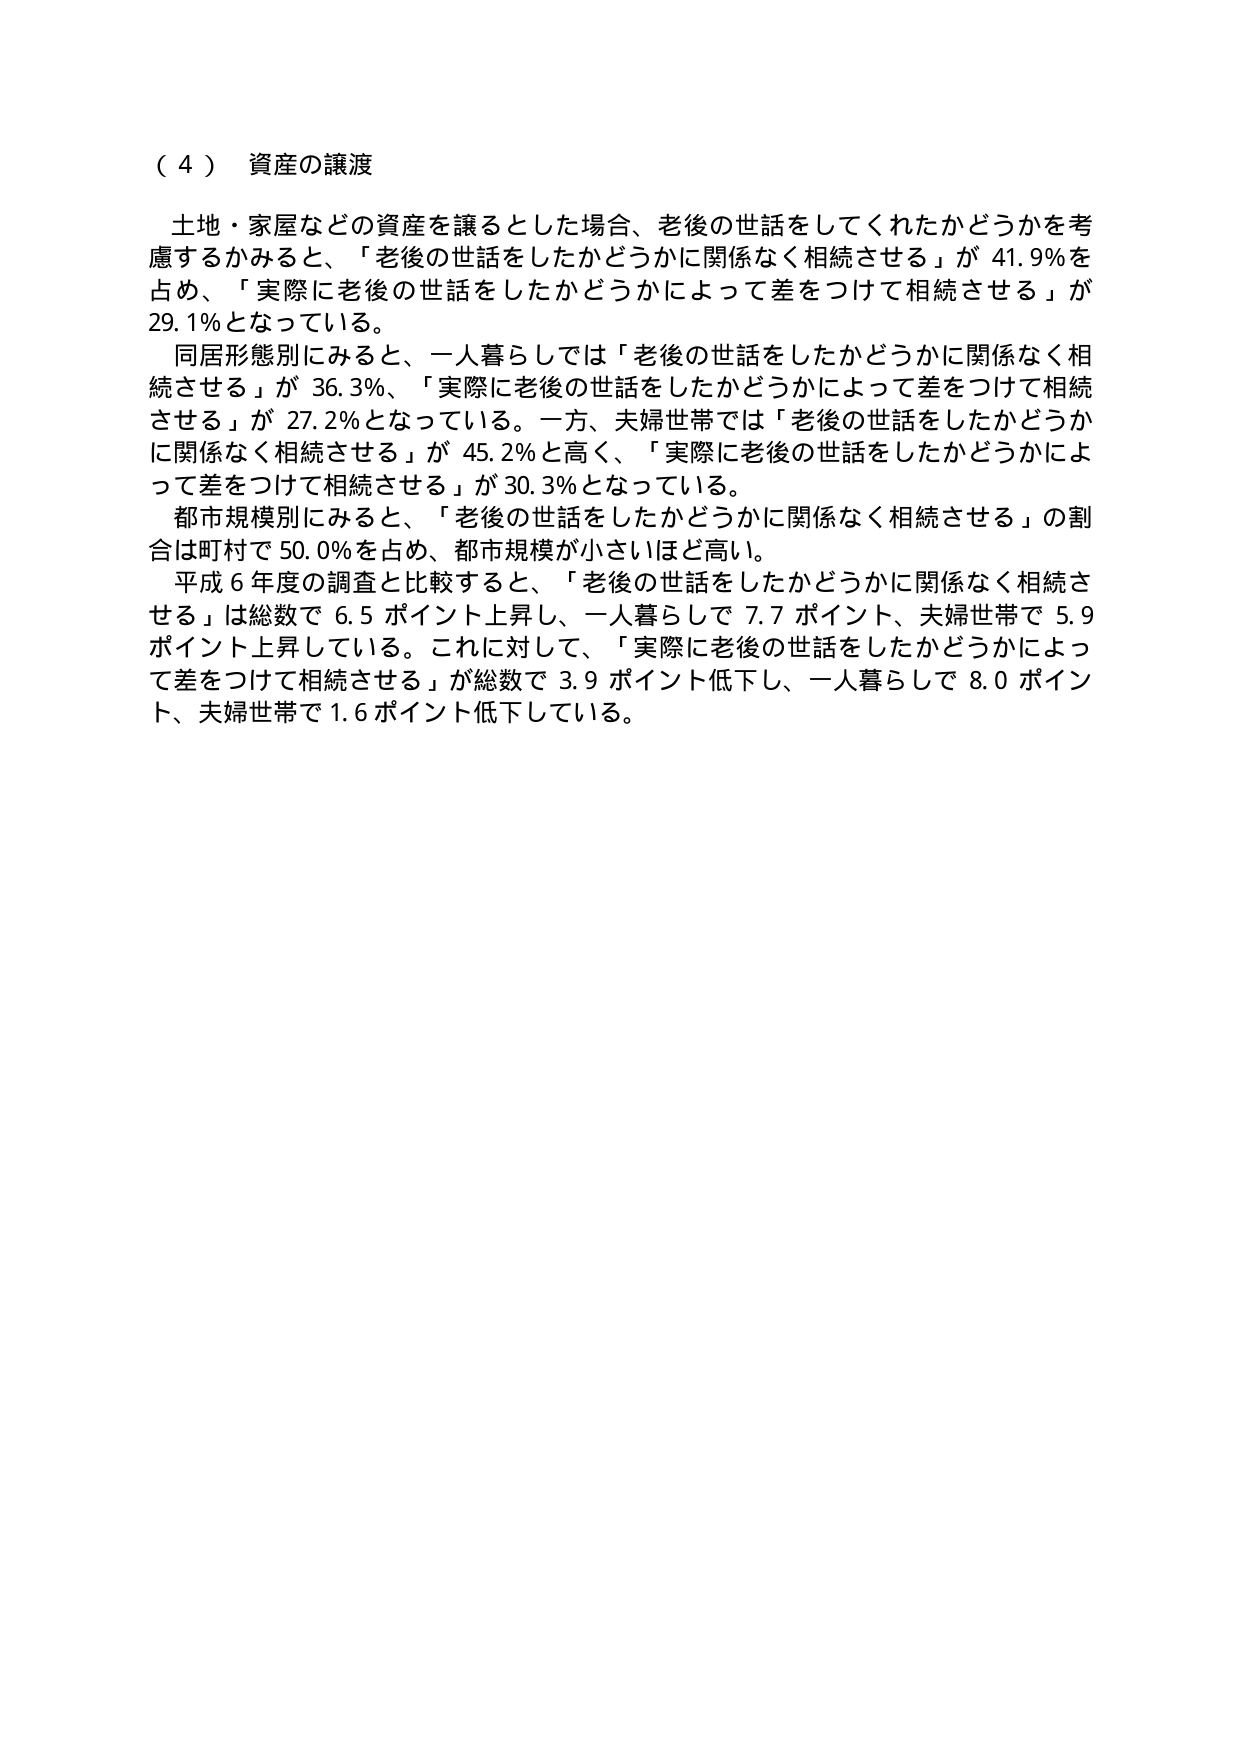
（４） 資産の譲渡

土地・家屋などの資産を譲るとした場合、老後の世話をしてくれたかどうかを考慮するかみると、「老後の世話をしたかどうかに関係なく相続させる」が 41.9％を占め、「実際に老後の世話をしたかどうかによって差をつけて相続させる」が 29.1％となっている。

同居形態別にみると、一人暮らしでは「老後の世話をしたかどうかに関係なく相続させる」が 36.3％、「実際に老後の世話をしたかどうかによって差をつけて相続させる」が 27.2％となっている。一方、夫婦世帯では「老後の世話をしたかどうかに関係なく相続させる」が 45.2％と高く、「実際に老後の世話をしたかどうかによって差をつけて相続させる」が 30.3％となっている。

都市規模別にみると、「老後の世話をしたかどうかに関係なく相続させる」の割合は町村で 50.0％を占め、都市規模が小さいほど高い。

平成６年度の調査と比較すると、「老後の世話をしたかどうかに関係なく相続させる」は総数で 6.5 ポイント上昇し、一人暮らしで 7.7 ポイント、夫婦世帯で 5.9 ポイント上昇している。これに対して、「実際に老後の世話をしたかどうかによって差をつけて相続させる」が総数で 3.9 ポイント低下し、一人暮らしで 8.0 ポイント、夫婦世帯で 1.6 ポイント低下している。